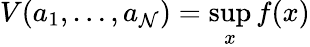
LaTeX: V(a_{1},\ldots,a_{\mathcal{N}})=\operatorname*{sup}_{x}f(x)